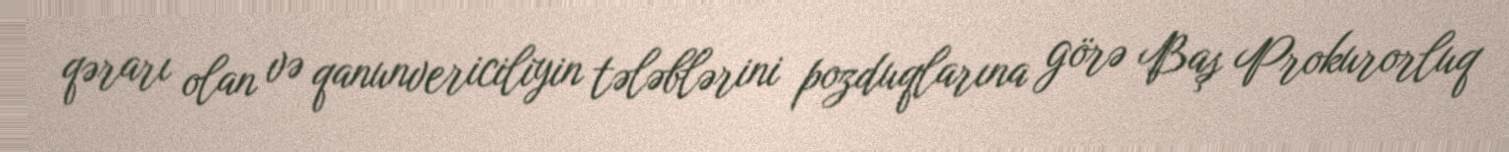
qərarı olan və qanunvericiliyin tələblərini pozduqlarına görə Baş Prokurorluq